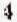
4